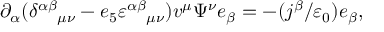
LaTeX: \partial _ { \alpha } ( \delta _ { \quad \mu \nu } ^ { \alpha \beta } - e _ { 5 } \varepsilon _ { \quad \mu \nu } ^ { \alpha \beta } ) v ^ { \mu } \Psi ^ { \nu } e _ { \beta } = - ( j ^ { \beta } / \varepsilon _ { 0 } ) e _ { \beta } ,